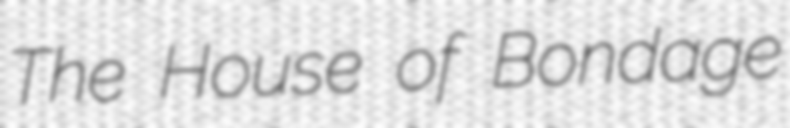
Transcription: The House of Bondage